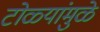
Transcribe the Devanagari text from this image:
टोळ्यांमुळे